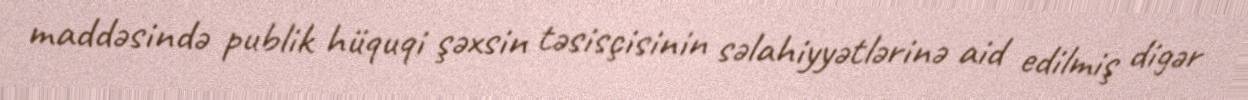
maddəsində publik hüquqi şəxsin təsisçisinin səlahiyyətlərinə aid edilmiş digər